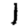
Digit: 1